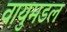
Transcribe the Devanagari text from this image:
वायुमडल